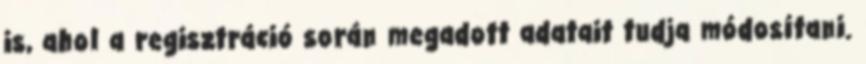
is, ahol a regisztráció során megadott adatait tudja módosítani.